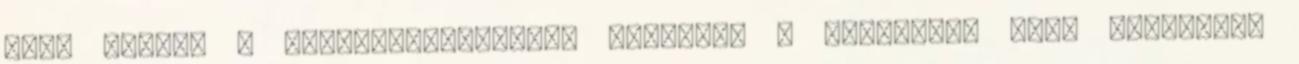
arra kérték a miniszterelnököt, legalább a béremelés idei fedezetét